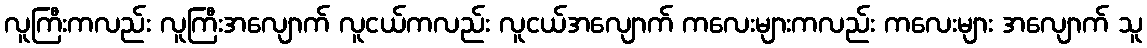
လူကြီးကလည်း လူကြီးအလျောက် လူငယ်ကလည်း လူငယ်အလျောက် ကလေးများကလည်း ကလေးများ အလျောက် သူ